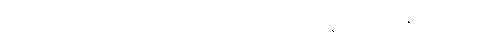
မက္ခရာမင်းသားသည် ကာလကတ္တားမြို့မှ မစ္စတာလိန်းက ကျေးဇူးပြု၍၊ ရီး၏